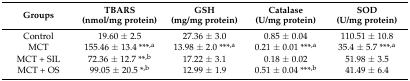
<table><thead><tr><td><b>Groups</b></td><td><b>TBARS(nmol/mg protein)</b></td><td><b>GSH(mg/mg protein)</b></td><td><b>Catalase(U/mg protein)</b></td><td><b>SOD(U/mg protein)</b></td></tr></thead><tbody><tr><td>Control</td><td>19.60 ± 2.5</td><td>27.36 ± 3.0</td><td>0.85 ± 0.04</td><td>110.51 ± 10.8</td></tr><tr><td>MCT</td><td>155.46 ± 13.4 ***<sup>,a</sup></td><td>13.98 ± 2.0 ***<sup>,a</sup></td><td>0.21 ± 0.01 ***<sup>,a</sup></td><td>35.4 ± 5.7 ***<sup>,a</sup></td></tr><tr><td>MCT + SIL</td><td>72.36 ± 12.7 **<sup>,b</sup></td><td>17.22 ± 3.1</td><td>0.18 ± 0.02</td><td>51.98 ± 3.5</td></tr><tr><td>MCT + OS</td><td>99.05 ± 20.5 *<sup>,b</sup></td><td>12.99 ± 1.9</td><td>0.51 ± 0.04 ***<sup>,b</sup></td><td>41.49 ± 6.4</td></tr></tbody></table>